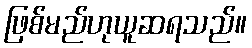
ဖြစ်မည်ဟုယူဆရသည်။